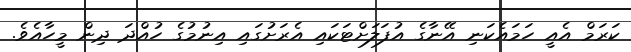
ކަރަމް އެއީ ހަަމައެކަނި އޭނާގެ އުފަލަށްޓަކައި އެރަށުގައި އިނުމުގެ ހުއްދަ ދިން މީހާއެވެ.